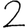
Digit: 2